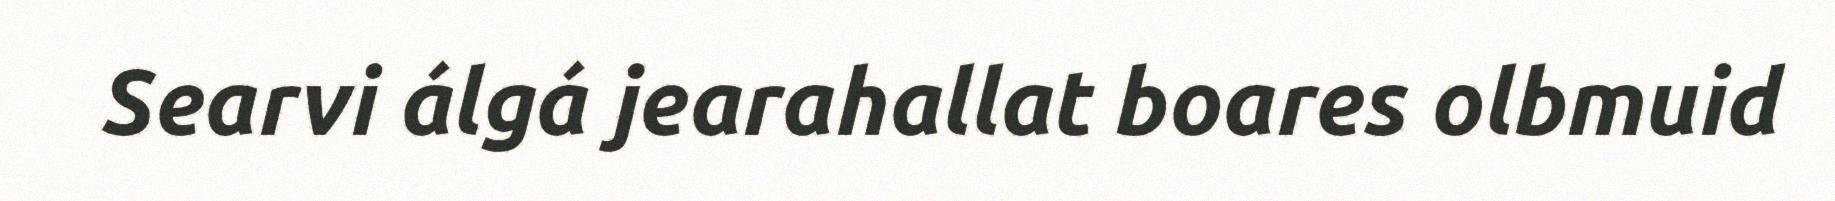
Searvi álgá jearahallat boares olbmuid